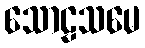
သောဠသမေ